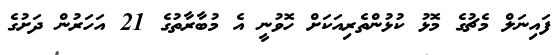
ފައިނަލް މެޗުގެ މޮޅު ކުޅުންތެރިއަކަށް ހޮވުނީ އެ މުބާރާތުގެ 21 އަހަރުން ދަށުގެ